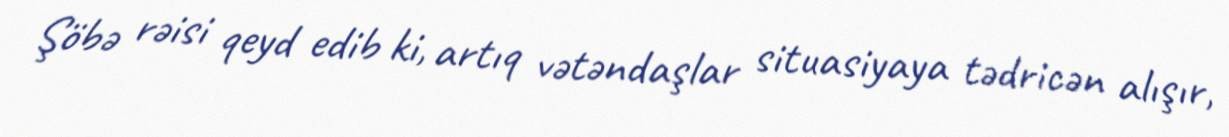
Şöbə rəisi qeyd edib ki, artıq vətəndaşlar situasiyaya tədricən alışır,